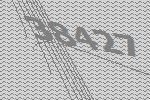
38427